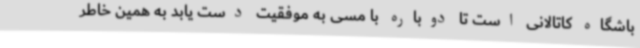
باشگاه کاتالانی است تا دوباره با مسی به موفقیت دست یابد به همین خاطر